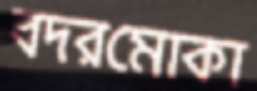
বদরমোকা